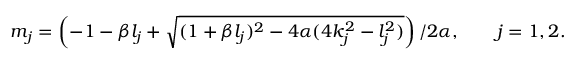
\begin{array} { r } { m _ { j } = \left( { - 1 - \beta l _ { j } + \sqrt { ( 1 + \beta l _ { j } ) ^ { 2 } - 4 \alpha ( 4 k _ { j } ^ { 2 } - l _ { j } ^ { 2 } ) } } \right) / { 2 \alpha } , \qquad j = 1 , 2 . } \end{array}